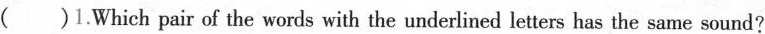
( )1.Which pair of the words with the underlined letters has the same sound?